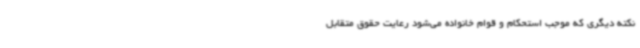
نکته دیگری که موجب استحکام و قوام خانواده می‌شود رعایت حقوق متقابل